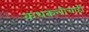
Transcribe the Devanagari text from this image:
कथकलीचाही